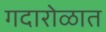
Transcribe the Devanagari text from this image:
गदारोळात